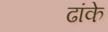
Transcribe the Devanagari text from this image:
ढांके